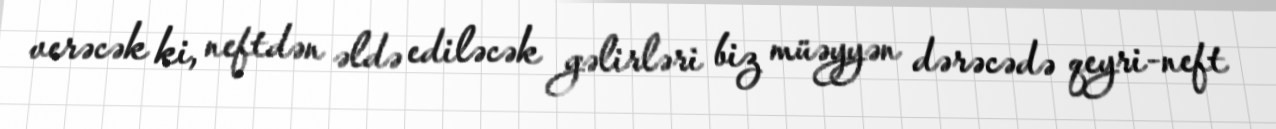
verəcək ki, neftdən əldə ediləcək gəlirləri biz müəyyən dərəcədə qeyri-neft